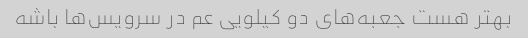
بهتر هست جعبه‌های دو کیلویی عم در سرویس‌ها باشه